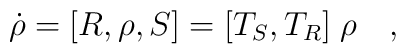
\dot{\rho} = [R,\rho , S] = [T_S ,T_R ] \;\rho  ~~~,